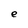
Character: e